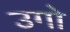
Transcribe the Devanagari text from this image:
उगो